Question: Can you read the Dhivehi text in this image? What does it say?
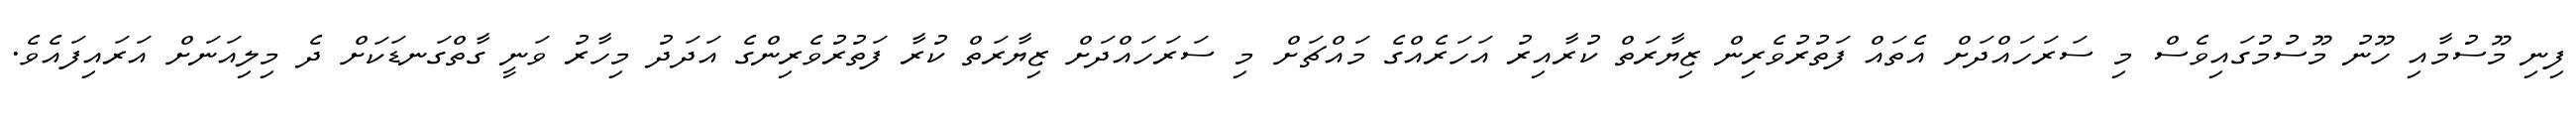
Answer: ފިނި މޫސުމާއި ހޫނު މޫސުމުގައިވެސް މި ސަރަހައްދަށް އެތައް ފަތުރުވެރިން ޒިޔާރަތް ކުރާއިރު އަހަރެއްގެ މައްޗަށް މި ސަރަހައްދަށް ޒިޔާރަތް ކުރާ ފަތުރުވެރިންގެ އަދަދު މިހާރު ވަނީ ގާތްގަނޑަކަށް ދެ މިލިއަނަށް އަރައިފައެވެ.